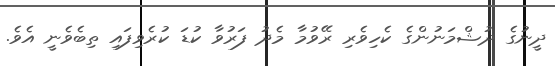
ދީނުގެ ދުޝްމަނުންގެ ކެހިވެރި ރޭވުމާ މެދު ފަރުވާ ކުޑަ ކުރެވިފައި ތިބެވެނީ އެވެ.